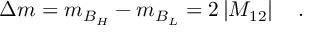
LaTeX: \Delta m = m _ { B _ { H } } - m _ { B _ { L } } = 2 \left| M _ { 1 2 } \right| ~ ~ ~ .